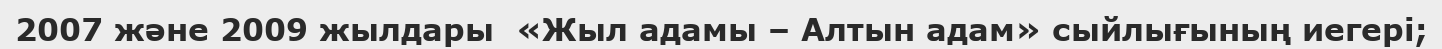
2007 және 2009 жылдары  «Жыл адамы – Алтын адам» сыйлығының иегері;